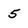
Character: 5